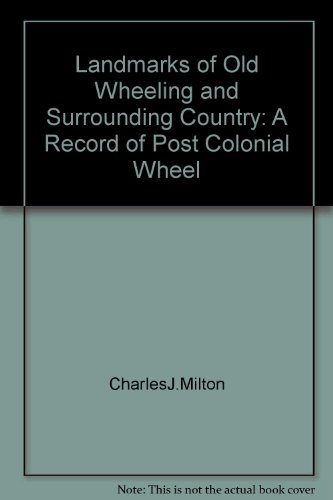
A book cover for Landmarks of Old Wheeling and Surrounding Country: A Record of Post-Colonial Wheeling; Charles J Milton; Travel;